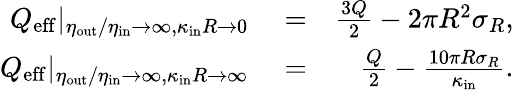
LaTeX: \begin{array}{rlr}{Q_{\mathrm{eff}}|_{\eta_{\mathrm{out}}/\eta_{\mathrm{in}}\to\infty,\kappa_{\mathrm{in}}R\to 0}}&{{}=}&{\frac{3Q}{2}-2\pi R^{2}\sigma_{R},}\\ {Q_{\mathrm{eff}}|_{\eta_{\mathrm{out}}/\eta_{\mathrm{in}}\to\infty,\kappa_{\mathrm{in}}R\to\infty}}&{{}=}&{\frac{Q}{2}-\frac{10\pi R\sigma_{R}}{\kappa_{\mathrm{in}}}.}\end{array}